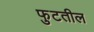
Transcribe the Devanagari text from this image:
फुटतील